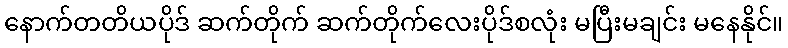
နောက်တတိယပိုဒ် ဆက်တိုက် ဆက်တိုက်လေးပိုဒ်စလုံး မပြီးမချင်း မနေနိုင်။